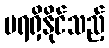
မရရှိနိုင်သည့်